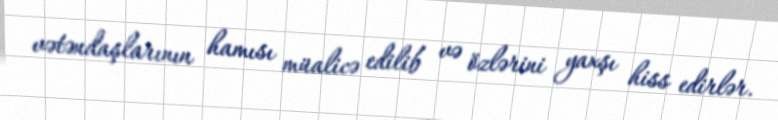
vətəndaşlarının hamısı müalicə edilib və özlərini yaxşı hiss edirlər.